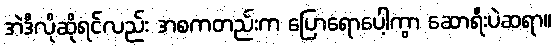
အဲဒီလိုဆိုရင်လည်း အစကတည်းက ပြောရောပေါ့ကွာ ဆောရီးပဲဆရာ။